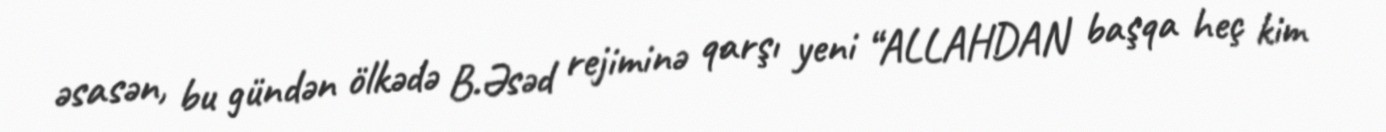
əsasən, bu gündən ölkədə B.Əsəd rejiminə qarşı yeni “ALLAHDAN başqa heç kim